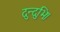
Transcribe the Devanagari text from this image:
दुन्दुभिः।